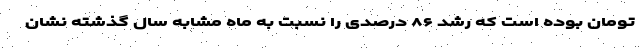
تومان بوده است که رشد ۸۶ درصدی را نسبت به ماه مشابه سال گذشته نشان